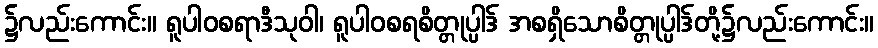
၌လည်းကောင်း။ ရူပါဝစရာဒီသုဝါ၊ ရူပါဝစရစိတ္တုပ္ပါဒ် အစရှိသောစိတ္တုပ္ပါဒ်တို့၌လည်းကောင်း။